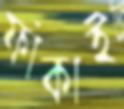
ফাঁকাই